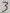
Text: 3